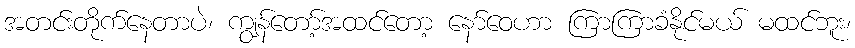
အတင်းတိုက်နေတာပဲ၊ ကျွန်တော့်အထင်တော့ နော်ဝေဟာ ကြာကြာခံနိုင်မယ် မထင်ဘူး၊